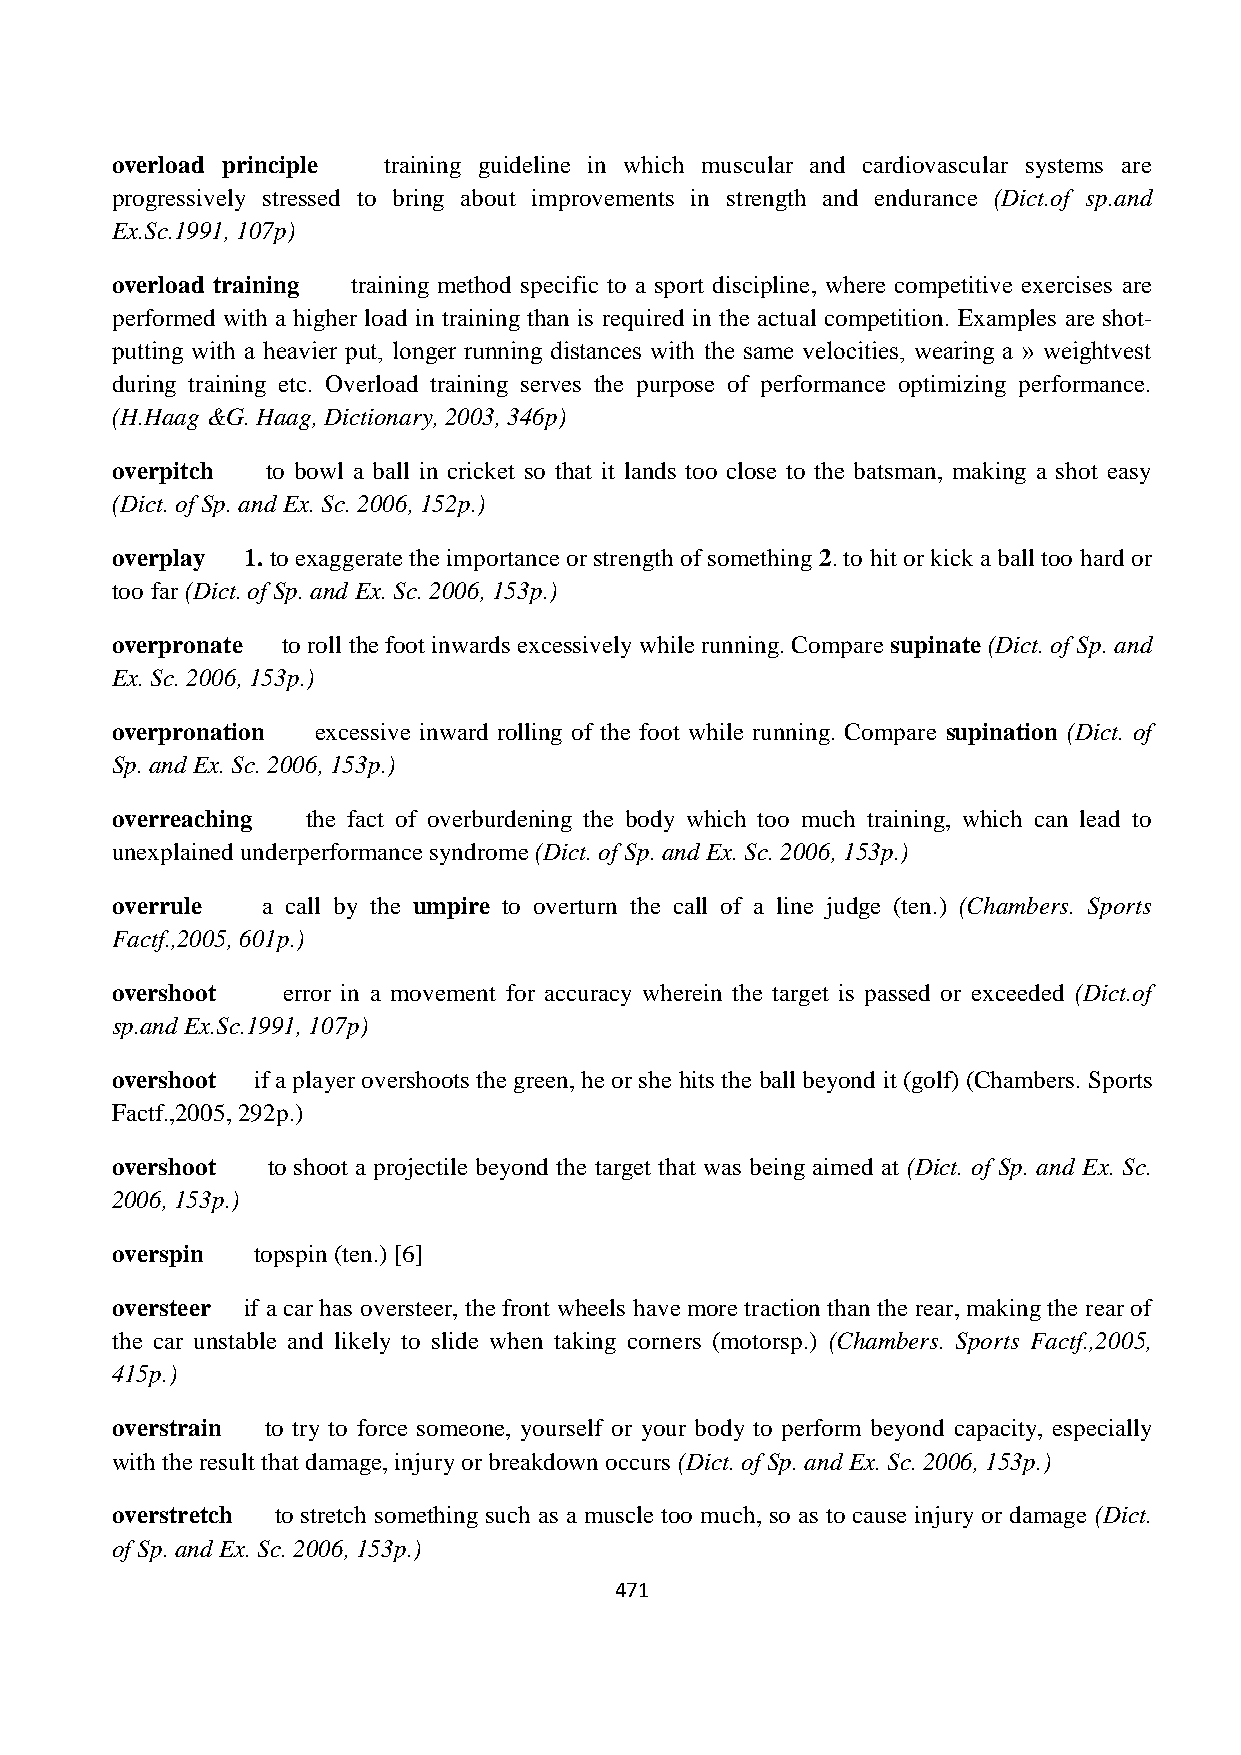
overload principle training guideline in which muscular and cardiovascular systems are
 progressively stressed to bring about improvements in strength and endurance (Dict.of sp.and
 Ex.Sc.1991, 107p)
 overload training training method specific to a sport discipline, where competitive exercises are
 performed with a higher load in training than is required in the actual competition. Examples are shot-
 putting with a heavier put, longer running distances with the same velocities, wearing a » weightvest
 during training etc. Overload training serves the purpose of performance optimizing performance.
 (H.Haag &G. Haag, Dictionary, 2003, 346p)
 overpitch  to bowl a ball in cricket so that it lands too close to the batsman, making a shot easy
 (Dict. of Sp. and Ex. Sc. 2006, 152p.)
 overplay 1. to exaggerate the importance or strength of something 2. to hit or kick a ball too hard or
 too far (Dict. of Sp. and Ex. Sc. 2006, 153p.)
 overpronate to roll the foot inwards excessively while running. Compare supinate (Dict. of Sp. and
 Ex. Sc. 2006, 153p.)
 overpronation excessive inward rolling of the foot while running. Compare supination (Dict. of
 Sp. and Ex. Sc. 2006, 153p.)
 overreaching the fact of overburdening the body which too much training, which can lead to
 unexplained underperformance syndrome (Dict. of Sp. and Ex. Sc. 2006, 153p.)
 overrule  a call by the umpire to overturn the call of a line judge (ten.) (Chambers. Sports
 Factf.,2005, 601p.)
 overshoot   error in a movement for accuracy wherein the target is passed or exceeded (Dict.of
 sp.and Ex.Sc.1991, 107p)
 overshoot if a player overshoots the green, he or she hits the ball beyond it (golf) (Chambers. Sports
 Factf.,2005, 292p.)
 overshoot  to shoot a projectile beyond the target that was being aimed at (Dict. of Sp. and Ex. Sc.
 2006, 153p.)
 overspin  topspin (ten.) [6]
 oversteer if a car has oversteer, the front wheels have more traction than the rear, making the rear of
 the car unstable and likely to slide when taking corners (motorsp.) (Chambers. Sports Factf.,2005,
 415p.)
 overstrain to try to force someone, yourself or your body to perform beyond capacity, especially
 with the result that damage, injury or breakdown occurs (Dict. of Sp. and Ex. Sc. 2006, 153p.)
 overstretch to stretch something such as a muscle too much, so as to cause injury or damage (Dict.
 of Sp. and Ex. Sc. 2006, 153p.)
 471